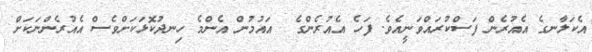
އެކަލާނގެ އެއުރެން ފަސްކުރައްވަނީއެވެ. ފަހެ އެއުރެންގެ  އައުމުން އެންމެ ހިނދުކޮޅަކަށްވެސް އެއުރެންނަކަށް